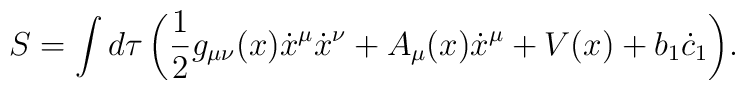
S=\int{d\tau\left(\frac{1}{2}g_{\mu\nu}(x)\dot{x}^{\mu}\dot{x}^{\nu} +  A_{\mu}(x)\dot{x}^{\mu} + V(x) + b_1\dot{c}_1\right)}.